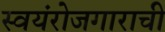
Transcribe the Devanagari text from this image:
स्वयंरोजगाराची